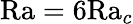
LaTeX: \textrm{Ra}=6\textrm{Ra}_{c}